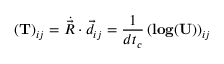
\left( \mathbf { T } \right) _ { i j } = \dot { \vec { R } } \cdot \vec { d } _ { i j } = \frac { 1 } { d t _ { c } } \left( \mathbf { l o g } ( \mathbf { U } ) \right) _ { i j }